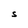
Character: s